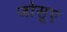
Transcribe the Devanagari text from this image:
जोसूए